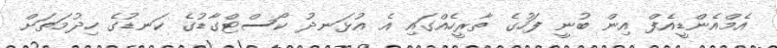
އެމްއެންޑީއެފް އިން ބުނީ ފަހުގެ ތާރީހެއްގައި އެ އުޅަނދު ކޯސްޓްގާޑުގެ ކަނޑުގެ ހިދުމަތަށް